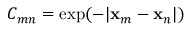
C _ { m n } = \exp ( { - | \mathbf { x } _ { m } - \mathbf { x } _ { n } | } )